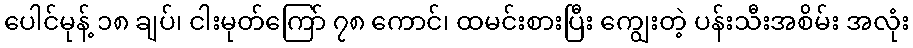
ပေါင်မုန့် ၁၈ ချပ်၊ ငါးမုတ်ကြော် ၇၈ ကောင်၊ ထမင်းစားပြီး ကျွေးတဲ့ ပန်းသီးအစိမ်း အလုံး